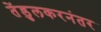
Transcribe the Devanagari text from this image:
तेंडुलकरनंतर